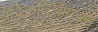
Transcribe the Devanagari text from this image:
वैदिकतिथिपत्रम्